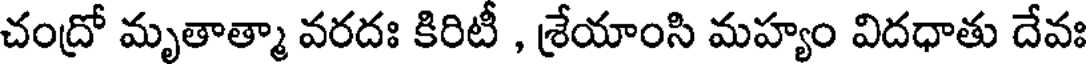
చంద్రో మృతాత్మా వరదః కిరిటీ , శ్రేయాంసి మహ్యం విదధాతు దేవః